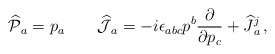
\begin{align*}{\widehat{\cal P}}{}_a=p_a \qquad{\widehat{\cal J}}{}_a=-i\epsilon_{abc}p^b\frac{\partial}{\partial p_c}+{\widehat J}{}^j_a\,,\end{align*}